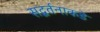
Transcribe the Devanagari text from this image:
सद्वर्तनाकडे